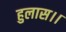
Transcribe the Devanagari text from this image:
हुलास।।